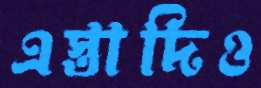
এস্তাদিও